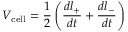
V _ { \mathrm { c e l l } } = \frac { 1 } { 2 } \left( \frac { d l _ { + } } { d t } + \frac { d l _ { - } } { d t } \right)